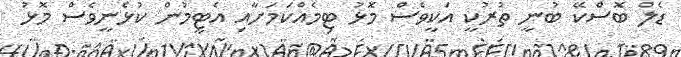
ޑެލް ބޮސްކޭ ބުނީ ތުރުކީ އަކީވެސް މޮޅު ޓިމެއްކަމަށާއި އެޓީމުން ކުޅެނީވެސް މޮޅު